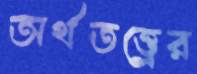
অর্থতত্ত্বের